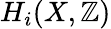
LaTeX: H_{i}(X,\mathbb{Z})